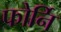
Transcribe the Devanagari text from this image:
फोर्नि